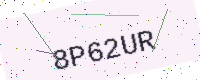
Text: 8P62UR